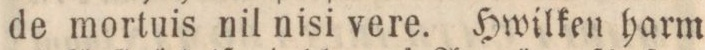
de mortuis nil nisi vere. Hwilken harm